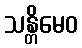
သန္တိမေဝ